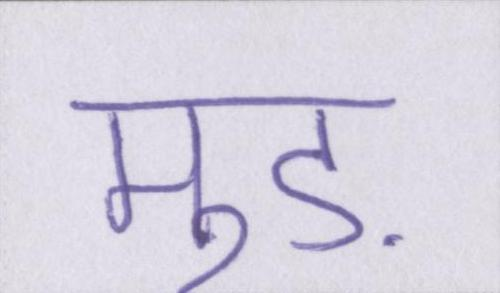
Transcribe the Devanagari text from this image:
मुड़